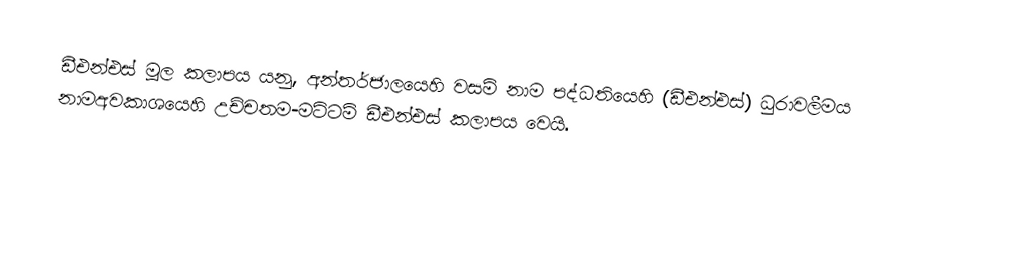
ඩීඑන්එස් මූල කලාපය යනු, අන්තර්ජාලයෙහි වසම් නාම පද්ධතියෙහි (ඩීඑන්එස්) ධුරාවලීමය නාමඅවකාශයෙහි උච්චතම-මට්ටම් ඩීඑන්එස් කලාපය වෙයි.